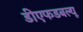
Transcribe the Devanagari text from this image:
डीएफडबल्‍यू